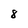
Character: 8